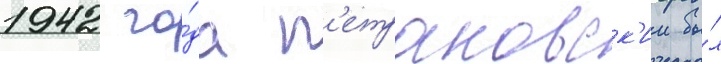
1942 го́да п'етраковск'ии бы́л